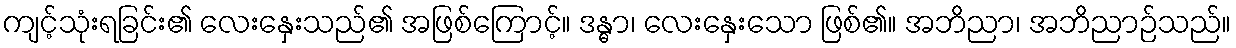
ကျင့်သုံးရခြင်း၏ လေးနှေးသည်၏ အဖြစ်ကြောင့်။ ဒန္ဓာ၊ လေးနှေးသော ဖြစ်၏။ အဘိညာ၊ အဘိညာဉ်သည်။